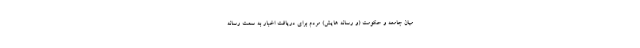
میان جامعه و حکومت (و رسانه هایش) مردم برای دریافت اخبار به سمت رسانه